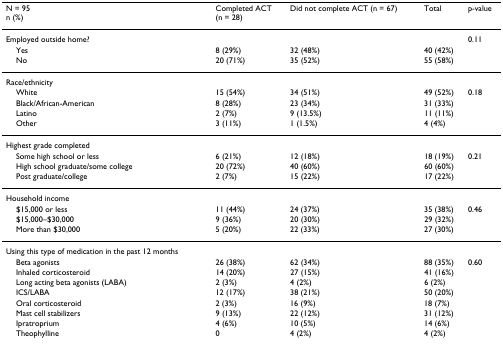
<table><thead><tr><td><b>N = 95n (%)</b></td><td><b>Completed ACT(n = 28)</b></td><td><b>Did not complete ACT (n = 67)</b></td><td><b>Total</b></td><td><b>p-value</b></td></tr></thead><tbody><tr><td>Employed outside home?</td><td></td><td></td><td></td><td>0.11</td></tr><tr><td> Yes</td><td>8 (29%)</td><td>32 (48%)</td><td>40 (42%)</td><td></td></tr><tr><td> No</td><td>20 (71%)</td><td>35 (52%)</td><td>55 (58%)</td><td></td></tr><tr><td>Race/ethnicity</td><td></td><td></td><td></td><td></td></tr><tr><td> White</td><td>15 (54%)</td><td>34 (51%)</td><td>49 (52%)</td><td>0.18</td></tr><tr><td> Black/African-American</td><td>8 (28%)</td><td>23 (34%)</td><td>31 (33%)</td><td></td></tr><tr><td> Latino</td><td>2 (7%)</td><td>9 (13.5%)</td><td>11 (11%)</td><td></td></tr><tr><td> Other</td><td>3 (11%)</td><td>1 (1.5%)</td><td>4 (4%)</td><td></td></tr><tr><td>Highest grade completed</td><td></td><td></td><td></td><td></td></tr><tr><td> Some high school or less</td><td>6 (21%)</td><td>12 (18%)</td><td>18 (19%)</td><td>0.21</td></tr><tr><td> High school graduate/some college</td><td>20 (72%)</td><td>40 (60%)</td><td>60 (60%)</td><td></td></tr><tr><td> Post graduate/college</td><td>2 (7%)</td><td>15 (22%)</td><td>17 (22%)</td><td></td></tr><tr><td>Household income</td><td></td><td></td><td></td><td></td></tr><tr><td> $15,000 or less</td><td>11 (44%)</td><td>24 (37%)</td><td>35 (38%)</td><td>0.46</td></tr><tr><td> $15,000–$30,000</td><td>9 (36%)</td><td>20 (30%)</td><td>29 (32%)</td><td></td></tr><tr><td> More than $30,000</td><td>5 (20%)</td><td>22 (33%)</td><td>27 (30%)</td><td></td></tr><tr><td>Using this type of medication in the past 12 months</td><td></td><td></td><td></td><td></td></tr><tr><td> Beta agonists</td><td>26 (38%)</td><td>62 (34%)</td><td>88 (35%)</td><td>0.60</td></tr><tr><td> Inhaled corticosteroid</td><td>14 (20%)</td><td>27 (15%)</td><td>41 (16%)</td><td></td></tr><tr><td> Long acting beta agonists (LABA)</td><td>2 (3%)</td><td>4 (2%)</td><td>6 (2%)</td><td></td></tr><tr><td> ICS/LABA</td><td>12 (17%)</td><td>38 (21%)</td><td>50 (20%)</td><td></td></tr><tr><td> Oral corticosteroid</td><td>2 (3%)</td><td>16 (9%)</td><td>18 (7%)</td><td></td></tr><tr><td> Mast cell stabilizers</td><td>9 (13%)</td><td>22 (12%)</td><td>31 (12%)</td><td></td></tr><tr><td> Ipratroprium</td><td>4 (6%)</td><td>10 (5%)</td><td>14 (6%)</td><td></td></tr><tr><td> Theophylline</td><td>0</td><td>4 (2%)</td><td>4 (2%)</td><td></td></tr></tbody></table>